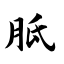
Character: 胝